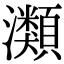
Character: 𤄹